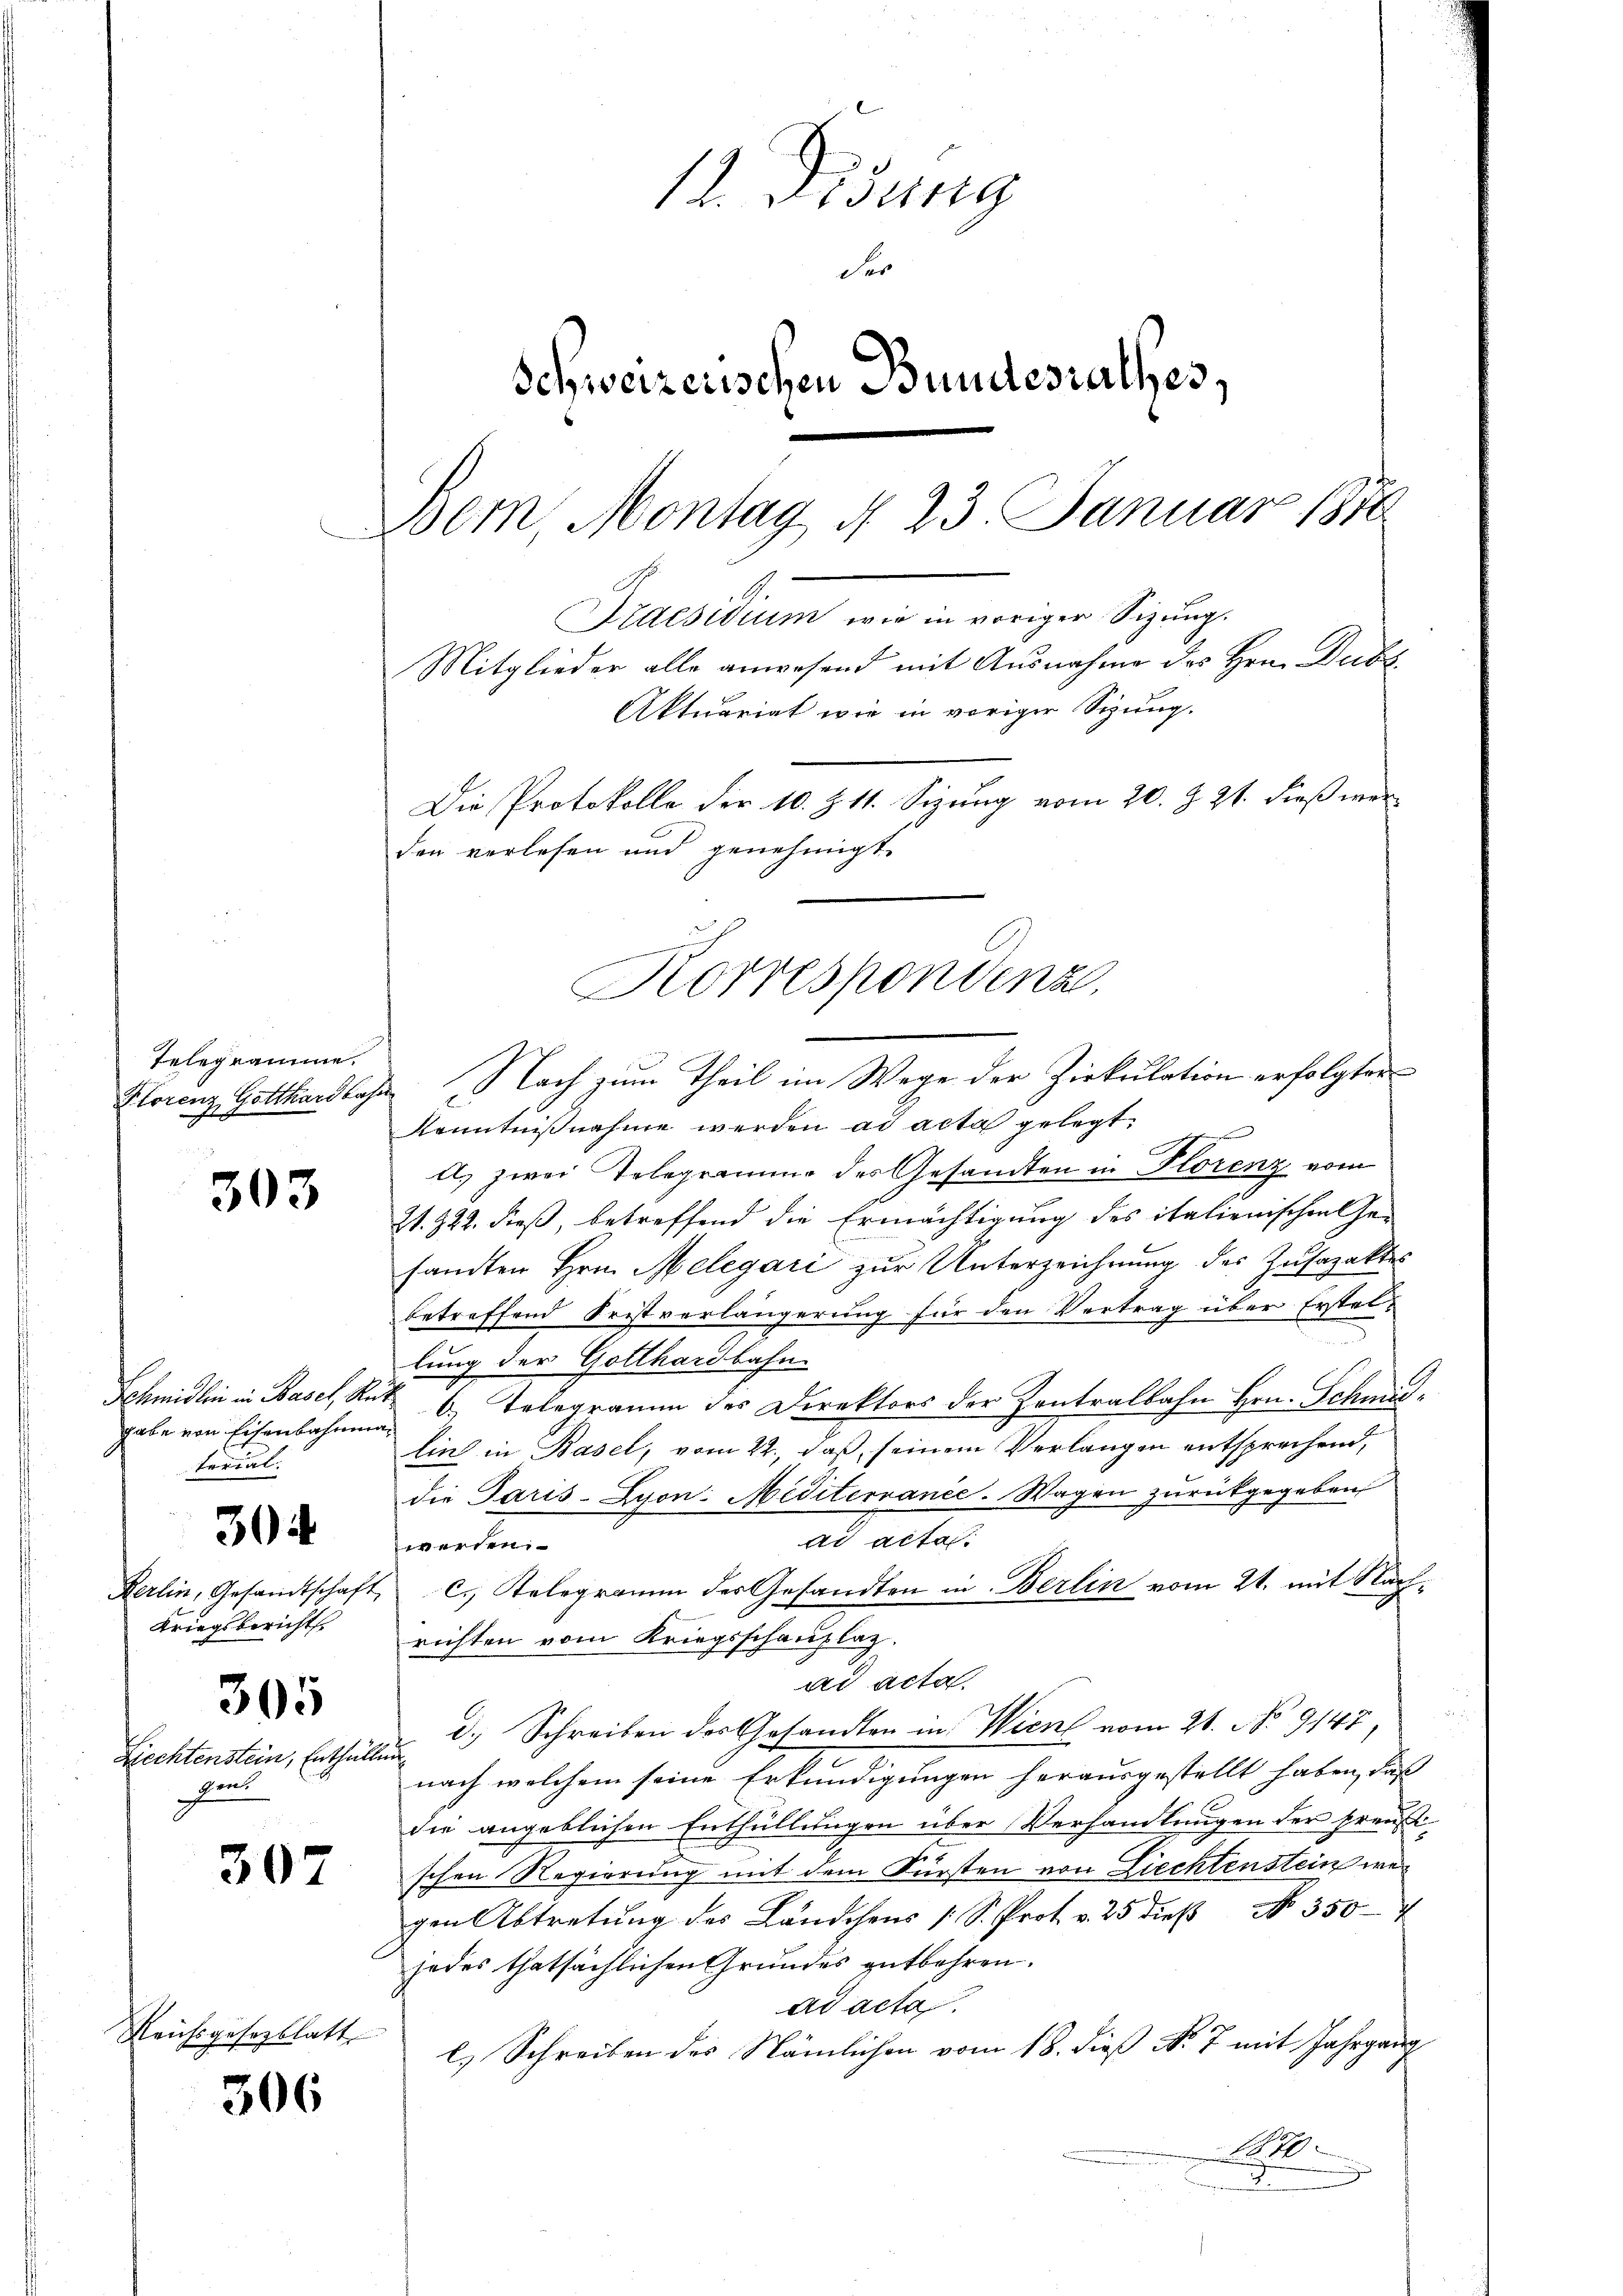
Telegramme.
Florenz, Gotthard las

303

gabe von Eisenbahnman
terial.

30

Kerlin, Gesandtschaft
Kriegsbericht

305

Liechtenstein, Enthält.
hent

307

Reichsgesetzblatt

306

12. Lesung
der
Schweizerischen Bundesrathes,
Bern, Montag d. 23. Januar 1870
Praesidium wir in einigen Sizung
Mitglieder alle anwesend mit Ausnahme des Hrn. Dubs
Aktuariat wie in voriger Sitzung.
Die Protokolle der 10. Z. 11. Sizung vom 20. Z. 21. dieß werden verlesen und genehmigt.

Nach zum Theil im Wege der Zirkulation erfolgter
Kenntnißnahme werden ad acta gelegt.
A. zwei Telegramme des Gesandten in Florenz vom
21. 322. dieß, betreffend die Ermächtigung des italienischen Gesandten Hrn. Melegari zur Unterzeichnung des Zusajaktes
betreffend Fristverlängerung für den Vertrag über Erstellung der Gotthardbahn.
Schmidlin in Basel, Ruk 6. Telegramm des Direktors der Zentralbahn Hrn. Schmidlin in Basel, vom 22., daß seinem Verlangen entsprechend,
die Paris-Lyon Meditervance-Wagen zurückgegeben
ad acta.
werden
2c. Telegramm des Gesandten in Berlin vom 21. mit Nachrichten vom Kriegsschauplaz.
ad acta.
d. Schreiben des Gesandten in Wien vom 21. No 9147
af
nach welchem seine Erkundigungen herausgestellt haben, daß
die angeblichen Enthüllungen über Verhandlungen der Preußif
schen Regierung mit dem Fürsten von Liechtenstein wer
gen Abtretung des Ländchens 1 S. Prot. v. 25 dieβ No 350-4
jedes thatsächlichen Grundes entbehren.
ad acta.
l.) Schreiben des Nämlichen vom 18. dieß No 7 mit Jahrgang
1870

Korrespondenz,